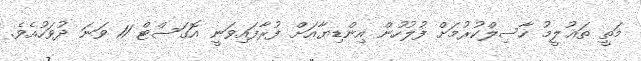
މަތީ ތަޢުލީމު ހާސިލްކުރުމަށް ފުލުހުން އިންޑިޔާއަށް ފުރާފައިވަނީ އޮގަސްޓް 11 ވަނަ ދުވަހުއެވެ.